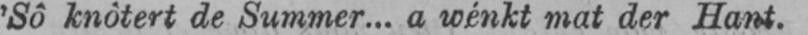
’Sô knôtert de Summer... a wénkt mat der Hant.